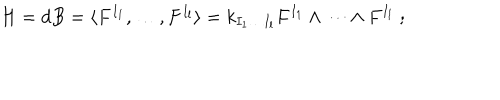
H = d B = \langle F ^ { I _ { 1 } } , \dots , F ^ { I _ { l } } \rangle = k _ { I _ { 1 } \dots I _ { l } } F ^ { I _ { 1 } } \wedge \dots \wedge F ^ { I _ { l } } \; ;